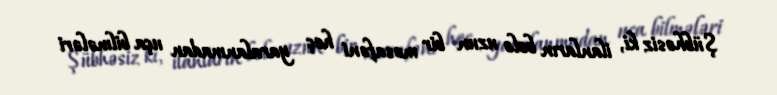
Şübhəsiz ki, ilanların belə uzun bir məsafəni heç yaralanmadan uça bilmələri